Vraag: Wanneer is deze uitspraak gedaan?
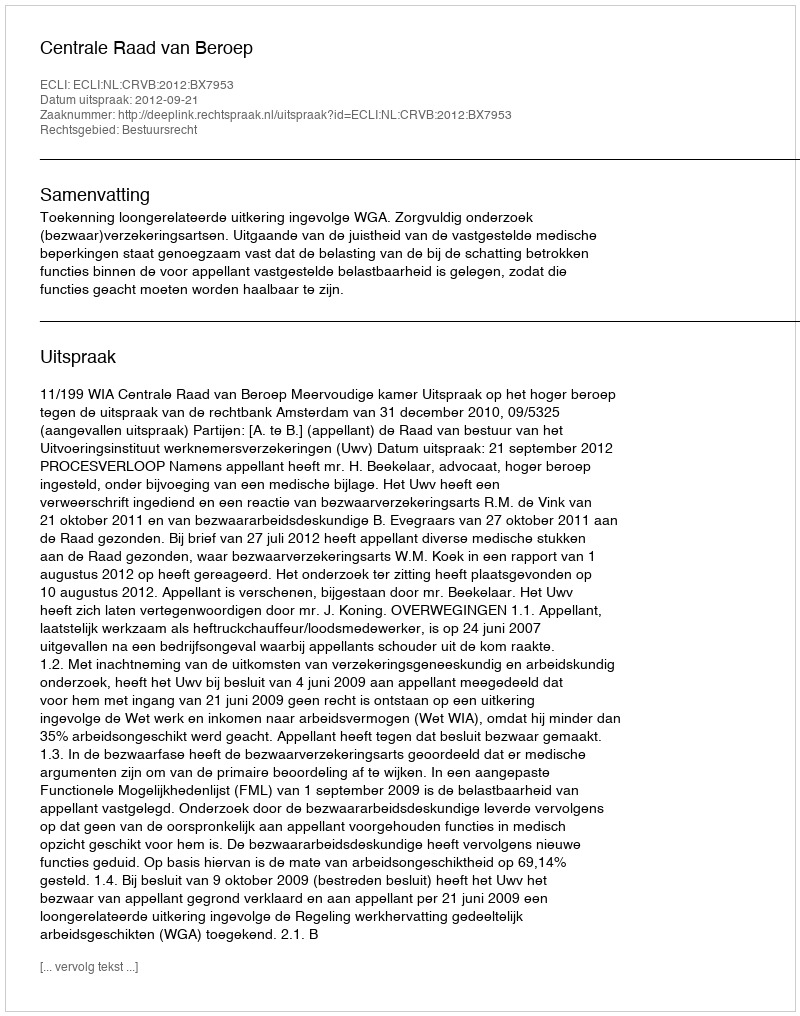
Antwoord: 2012-09-21